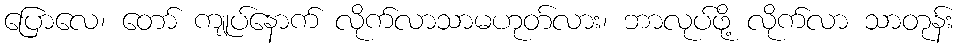
ပြောလေ၊ တော် ကျုပ်နောက် လိုက်လာသာမဟုတ်လား၊ ဘာလုပ်ဖို့ လိုက်လာ သာတုန်း